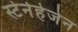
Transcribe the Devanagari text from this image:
स्टेर्नहेजेन